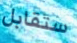
ستقابل